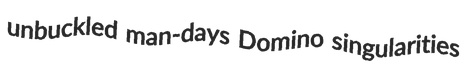
unbuckled man-days Domino singularities